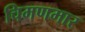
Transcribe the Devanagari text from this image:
चिमणमार